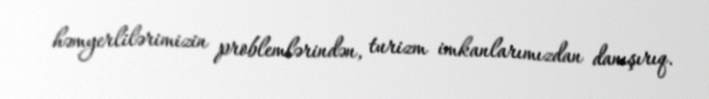
həmyerlilərimizin problemlərindən, turizm imkanlarımızdan danışırıq.